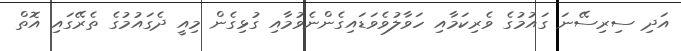
އަދި ސިރިސޭނަ ގައުމުގެ ވެރިކަމާއި ހަވާލުވެވަޑައިގެންނެވުމާއި ގުޅިގެން މިއީ ދެގައުމުގެ ތެރޭގައި އޮތް